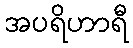
အပရိဟာရီ